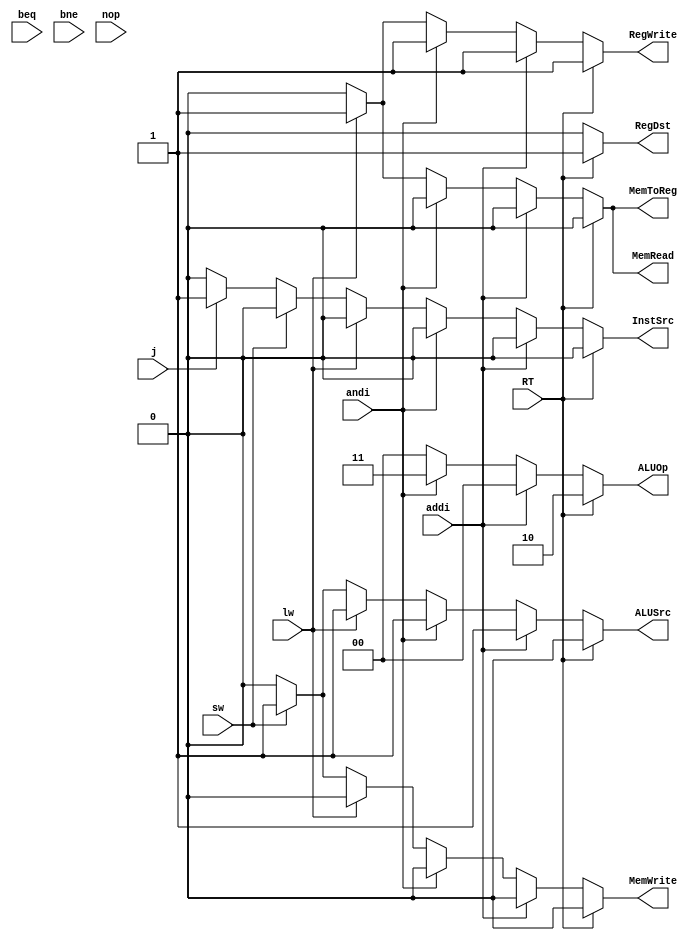
module ControlSignalGen(RT,addi,andi,lw,sw,j,beq,bne,nop,InstSrc,ALUSrc,ALUOp,RegDst,MemWrite,MemRead,MemToReg,RegWrite);
input RT;
input addi;
input andi;
input lw;
input sw;
input j;
input beq;
input bne;
input nop;
output reg InstSrc;
output reg ALUSrc;
output reg [1:0] ALUOp;
output reg RegDst;
output reg MemWrite;
output reg MemRead;
output reg MemToReg;
output reg RegWrite;

	always@(RT or addi or andi or lw or sw or j or beq or bne or nop) begin
		ALUOp = 2'b00; 
		{InstSrc, ALUSrc, RegDst, MemWrite, MemRead, MemToReg, RegWrite} = 7'b0;
		if (RT) begin
			RegDst = 1'b1; RegWrite = 1'b1;
			ALUOp = 2'b10;
		end
		else if (addi) begin
			{RegWrite, ALUSrc} = 2'b11;
			ALUOp = 2'b00;
		end
		else if (andi) begin
			{RegWrite, ALUSrc} = 2'b11;
			ALUOp = 2'b11;
		end
		else if (lw) begin
			{RegWrite, ALUSrc, MemRead, MemToReg} = 4'b1111;
		end
		else if (sw) begin
			{ALUSrc, MemWrite} = 2'b11;
			ALUOp = 2'b00;
		end
		else if (j) begin
			InstSrc = 1'b1;
		end
		// no change for nop and beq-bne
	end
endmodule